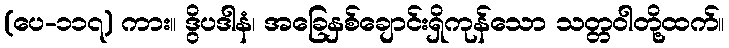
(ပေ-၁၁၇) ကား။ ဒွိပဒါနံ၊ အခြေနှစ်ချောင်းရှိကုန်သော သတ္တဝါတို့ထက်။